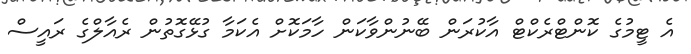
އެ ޓީމުގެ ކޮންޓްރެކްޓް އާކުރަން ބޭނުންވާކަން ހާމަކޮށް އެކަމާ ގުޅޭގޮތުން ރެއާލްގެ ރައީސް